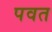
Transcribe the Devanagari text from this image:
पवत